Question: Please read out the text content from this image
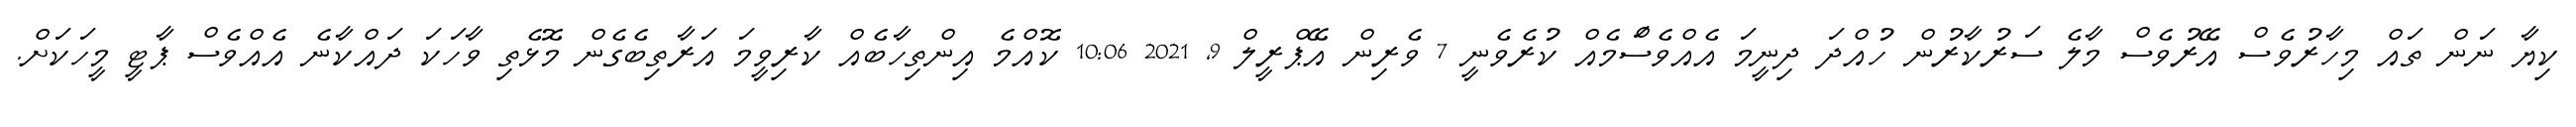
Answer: ކިޔާ ނަން ތައް މިހާރުވެސް އޭރުވެސް މާލެ ސަރުކާރުން ހުއްދަ ދިނީމަ އެއްވެސްަމެއް ކުރެވެނީ 7 ވެރިން އޭޕްރީލް 9, 2021 10:06 ކޮއްމެ އިންތިހާބެއް ކާރިވީމަ އަރާތިބެގެން މޮޅެތި ވާހަކަ ދައްކާނެ އެއްވެސް ޕާޓީ މީހަކަށް.